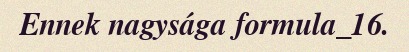
Ennek nagysága formula_16.